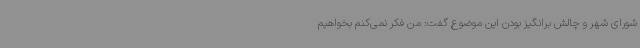
شورای شهر و چالش برانگیز بودن این موضوع گفت: من فکر نمی‌کنم بخواهیم